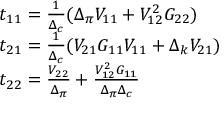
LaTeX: \begin{array} { l } { { t _ { 1 1 } = \frac { 1 } { \Delta _ { c } } ( \Delta _ { \pi } V _ { 1 1 } + V _ { 1 2 } ^ { 2 } G _ { 2 2 } ) } } \\ { { t _ { 2 1 } = \frac { 1 } { \Delta _ { c } } ( V _ { 2 1 } G _ { 1 1 } V _ { 1 1 } + \Delta _ { k } V _ { 2 1 } ) } } \\ { { t _ { 2 2 } = \frac { V _ { 2 2 } } { \Delta _ { \pi } } + \frac { V _ { 1 2 } ^ { 2 } G _ { 1 1 } } { \Delta _ { \pi } \Delta _ { c } } } } \end{array}